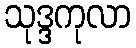
သုဒ္ဒကုလာ